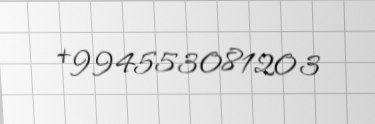
+994553081203